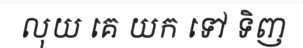
លុយ គេ យក ទៅ ទិញ